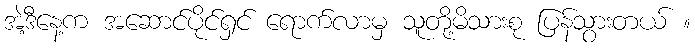
အဲ့ဒီနေ့က အဆောင်ပိုင်ရှင် ရောက်လာမှ သူတို့မိသားစု ပြန်သွားတယ် ။